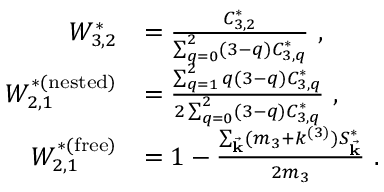
\begin{array} { r l } { W _ { 3 , 2 } ^ { * } } & { = \frac { C _ { 3 , 2 } ^ { * } } { \sum _ { q = 0 } ^ { 2 } ( 3 - q ) C _ { 3 , q } ^ { * } } ~ , } \\ { W _ { 2 , 1 } ^ { * ( \mathrm { n e s t e d } ) } } & { = \frac { \sum _ { q = 1 } ^ { 2 } q ( 3 - q ) C _ { 3 , q } ^ { * } } { 2 \sum _ { q = 0 } ^ { 2 } ( 3 - q ) C _ { 3 , q } ^ { * } } ~ , } \\ { W _ { 2 , 1 } ^ { * ( \mathrm { f r e e } ) } } & { = 1 - \frac { \sum _ { \vec { \mathbf { k } } } ( m _ { 3 } + k ^ { ( 3 ) } ) S _ { \vec { \mathbf { k } } } ^ { * } } { 2 m _ { 3 } } ~ . } \end{array}